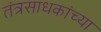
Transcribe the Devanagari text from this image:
तंत्रसाधकांच्या